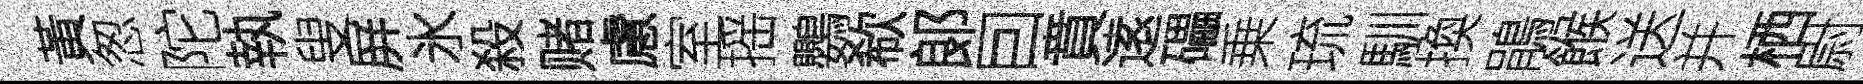
黃怱陀執叟屏氷殺赌慮室摇鸚欷郞囙賁逺礧乗琉馴換鵑餱送并栖尉